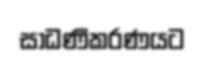
සාධණීකරණයට